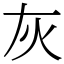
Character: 灰